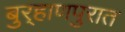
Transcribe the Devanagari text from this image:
बुर्‍हाणपुरात